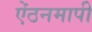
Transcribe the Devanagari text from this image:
ऐंठनमापी